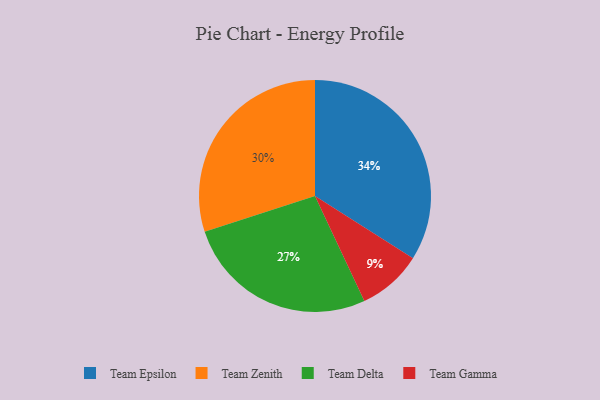
{"axis": {"x": "Category", "y": "Percentage"}, "legend": ["Team Delta", "Team Epsilon", "Team Gamma", "Team Zenith"], "data": [{"x": "Team Zenith", "y": 30, "type": "Team Zenith"}, {"x": "Team Epsilon", "y": 34, "type": "Team Epsilon"}, {"x": "Team Gamma", "y": 9, "type": "Team Gamma"}, {"x": "Team Delta", "y": 27, "type": "Team Delta"}]}